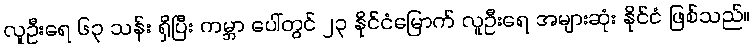
လူဦးရေ ၆၃ သန်း ရှိပြီး ကမ္ဘာ ပေါ်တွင် ၂၃ နိုင်ငံမြောက် လူဦးရေ အများဆုံး နိုင်ငံ ဖြစ်သည်။